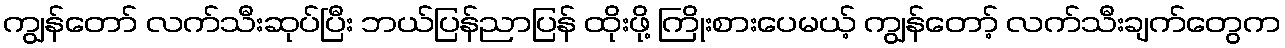
ကျွန်တော် လက်သီးဆုပ်ပြီး ဘယ်ပြန်ညာပြန် ထိုးဖို့ ကြိုးစားပေမယ့် ကျွန်တော့် လက်သီးချက်တွေက